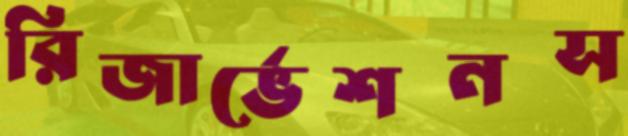
রিজার্ভেশনস